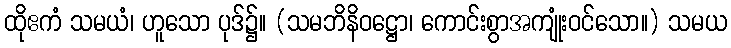
ထိုဧကံ သမယံ၊ ဟူသော ပုဒ်၌။ (သမဘိနိဝဋ္ဌော၊ ကောင်းစွာအကျုံးဝင်သော။) သမယ